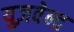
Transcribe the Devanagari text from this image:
युज़वेन्द्र